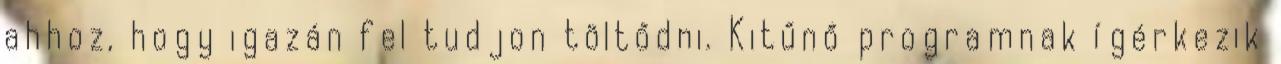
ahhoz, hogy igazán fel tudjon töltődni. Kitűnő programnak ígérkezik